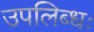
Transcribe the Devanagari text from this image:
उपलिब्धः